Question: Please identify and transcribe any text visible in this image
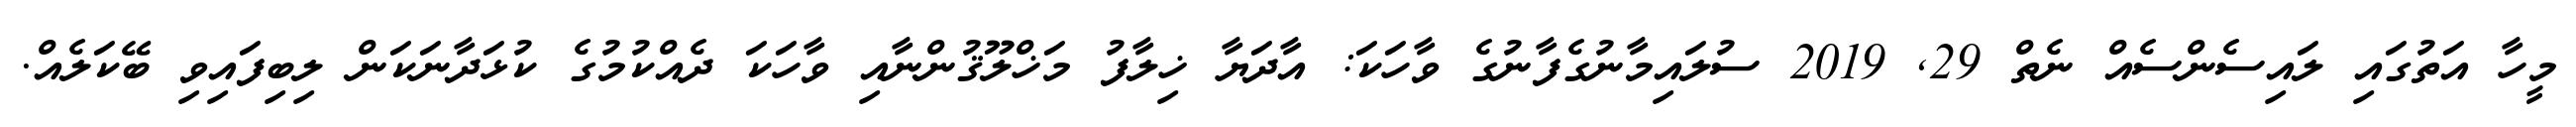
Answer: މީހާ އަތުގައި ލައިސެންސެއް ނެތް 29, 2019 ސުލައިމާނުގެފާނުގެ ވާހަކަ: އާދަޔާ ޚިލާފު މަޚްލޫޤުންނާއި ވާހަކަ ދެއްކުމުގެ ކުޅަދާނަކަން ލިބިފައިވި ބޭކަލެއް.